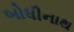
બોધીનાથ